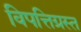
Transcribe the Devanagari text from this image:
विपत्तिग्रस्त